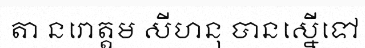
តា នរោត្តម សីហនុ បានស្នើទៅ